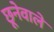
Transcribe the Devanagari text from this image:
छूनेवाले